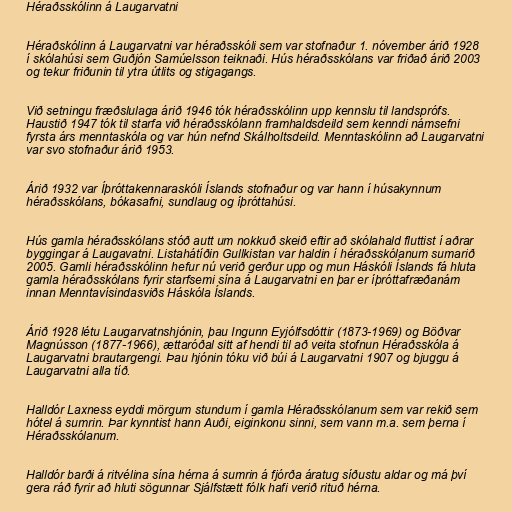
Héraðsskólinn á Laugarvatni

Héraðskólinn á Laugarvatni var héraðsskóli sem var stofnaður 1. nóvember árið 1928
í skólahúsi sem Guðjón Samúelsson teiknaði. Hús héraðsskólans var friðað árið 2003
og tekur friðunin til ytra útlits og stigagangs.

Við setningu fræðslulaga árið 1946 tók héraðsskólinn upp kennslu til landsprófs.
Haustið 1947 tók til starfa við héraðsskólann framhaldsdeild sem kenndi námsefni
fyrsta árs menntaskóla og var hún nefnd Skálholtsdeild. Menntaskólinn að Laugarvatni
var svo stofnaður árið 1953.

Árið 1932 var Íþróttakennaraskóli Íslands stofnaður og var hann í húsakynnum
héraðsskólans, bókasafni, sundlaug og íþróttahúsi.

Hús gamla héraðsskólans stóð autt um nokkuð skeið eftir að skólahald fluttist í aðrar
byggingar á Laugavatni. Listahátíðin Gullkistan var haldin í héraðsskólanum sumarið
2005. Gamli héraðsskólinn hefur nú verið gerður upp og mun Háskóli Íslands fá hluta
gamla héraðsskólans fyrir starfsemi sína á Laugarvatni en þar er íþróttafræðanám
innan Menntavísindasviðs Háskóla Íslands.

Árið 1928 létu Laugarvatnshjónin, þau Ingunn Eyjólfsdóttir (1873-1969) og Böðvar
Magnússon (1877-1966), ættaróðal sitt af hendi til að veita stofnun Héraðsskóla á
Laugarvatni brautargengi. Þau hjónin tóku við búi á Laugarvatni 1907 og bjuggu á
Laugarvatni alla tíð.

Halldór Laxness eyddi mörgum stundum í gamla Héraðsskólanum sem var rekið sem
hótel á sumrin. Þar kynntist hann Auði, eiginkonu sinni, sem vann m.a. sem þerna í
Héraðsskólanum.

Halldór barði á ritvélina sína hérna á sumrin á fjórða áratug síðustu aldar og má því
gera ráð fyrir að hluti sögunnar Sjálfstætt fólk hafi verið rituð hérna.